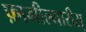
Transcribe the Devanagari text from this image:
फ़ामील्यारीस्